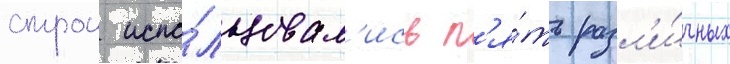
строи испо́льзовал'ись п'я́ть разл'и́чных